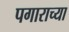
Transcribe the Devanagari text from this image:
पगाराच्या